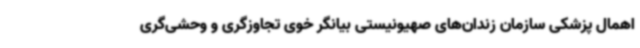
اهمال پزشکی سازمان زندان‌های صهیونیستی بیانگر خوی تجاوزگری و وحشی‌گری